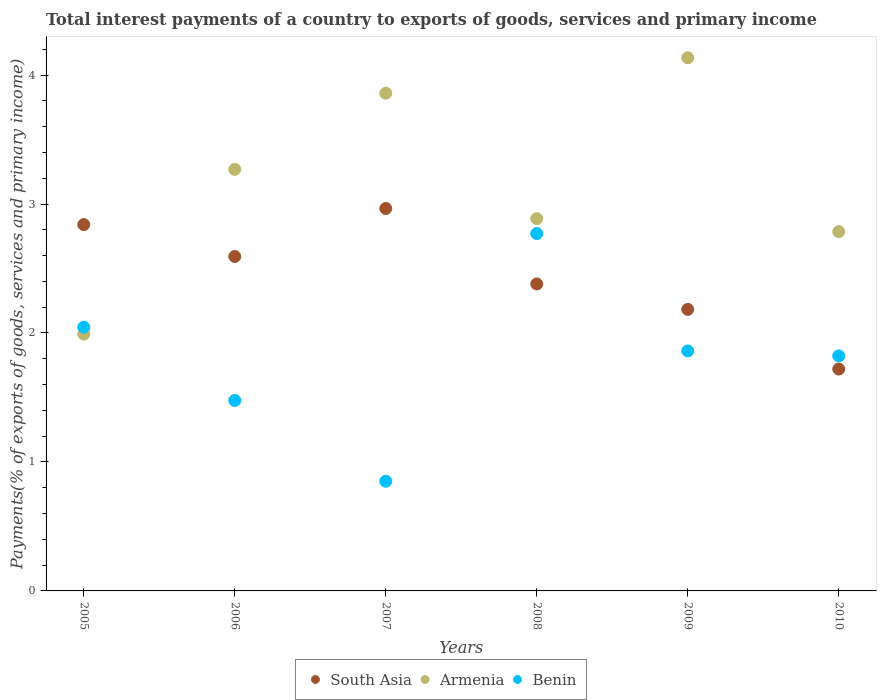
| Years | South Asia | Armenia | Benin |
 | --- | --- | --- | --- |
 | 2005 | 2.84 | 1.99 | 2.05 |
 | 2006 | 2.59 | 3.27 | 1.48 |
 | 2007 | 2.97 | 3.86 | 0.85 |
 | 2008 | 2.38 | 2.89 | 2.77 |
 | 2009 | 2.18 | 4.13 | 1.86 |
 | 2010 | 1.72 | 2.79 | 1.82 |